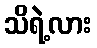
သိရဲ့လား